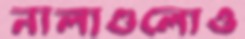
নালাগুলোও